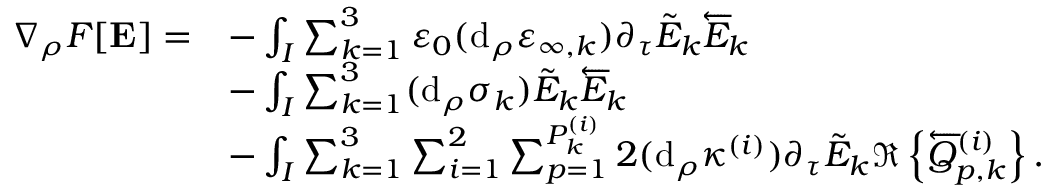
\begin{array} { r l } { \nabla _ { \rho } F [ \mathbf { E } ] = } & { - \int _ { I } \sum _ { k = 1 } ^ { 3 } \varepsilon _ { 0 } ( \mathrm { d } _ { \rho } \varepsilon _ { \infty , k } ) \partial _ { \tau } \tilde { E } _ { k } \overleftarrow { E } _ { k } } \\ & { - \int _ { I } \sum _ { k = 1 } ^ { 3 } ( \mathrm { d } _ { \rho } \sigma _ { k } ) \tilde { E } _ { k } \overleftarrow { E } _ { k } } \\ & { - \int _ { I } \sum _ { k = 1 } ^ { 3 } \sum _ { i = 1 } ^ { 2 } \sum _ { p = 1 } ^ { P _ { k } ^ { ( i ) } } 2 ( \mathrm { d } _ { \rho } \kappa ^ { ( i ) } ) \partial _ { \tau } \tilde { E } _ { k } \Re \left\{ \overleftarrow { Q } _ { p , k } ^ { ( i ) } \right\} . } \end{array}